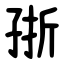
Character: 㝂